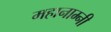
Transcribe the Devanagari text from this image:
महानाम्नी